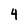
Character: 4